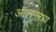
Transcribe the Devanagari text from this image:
आलमराव